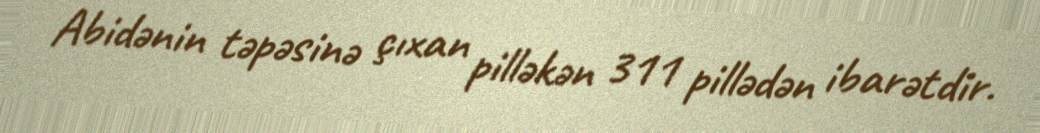
Abidənin təpəsinə çıxan pilləkən 311 pillədən ibarətdir.